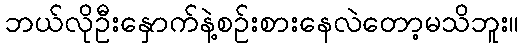
ဘယ်လိုဦးနှောက်နဲ့စဉ်းစားနေလဲတော့မသိဘူး။